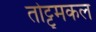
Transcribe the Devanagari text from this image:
तोट्टुमकल